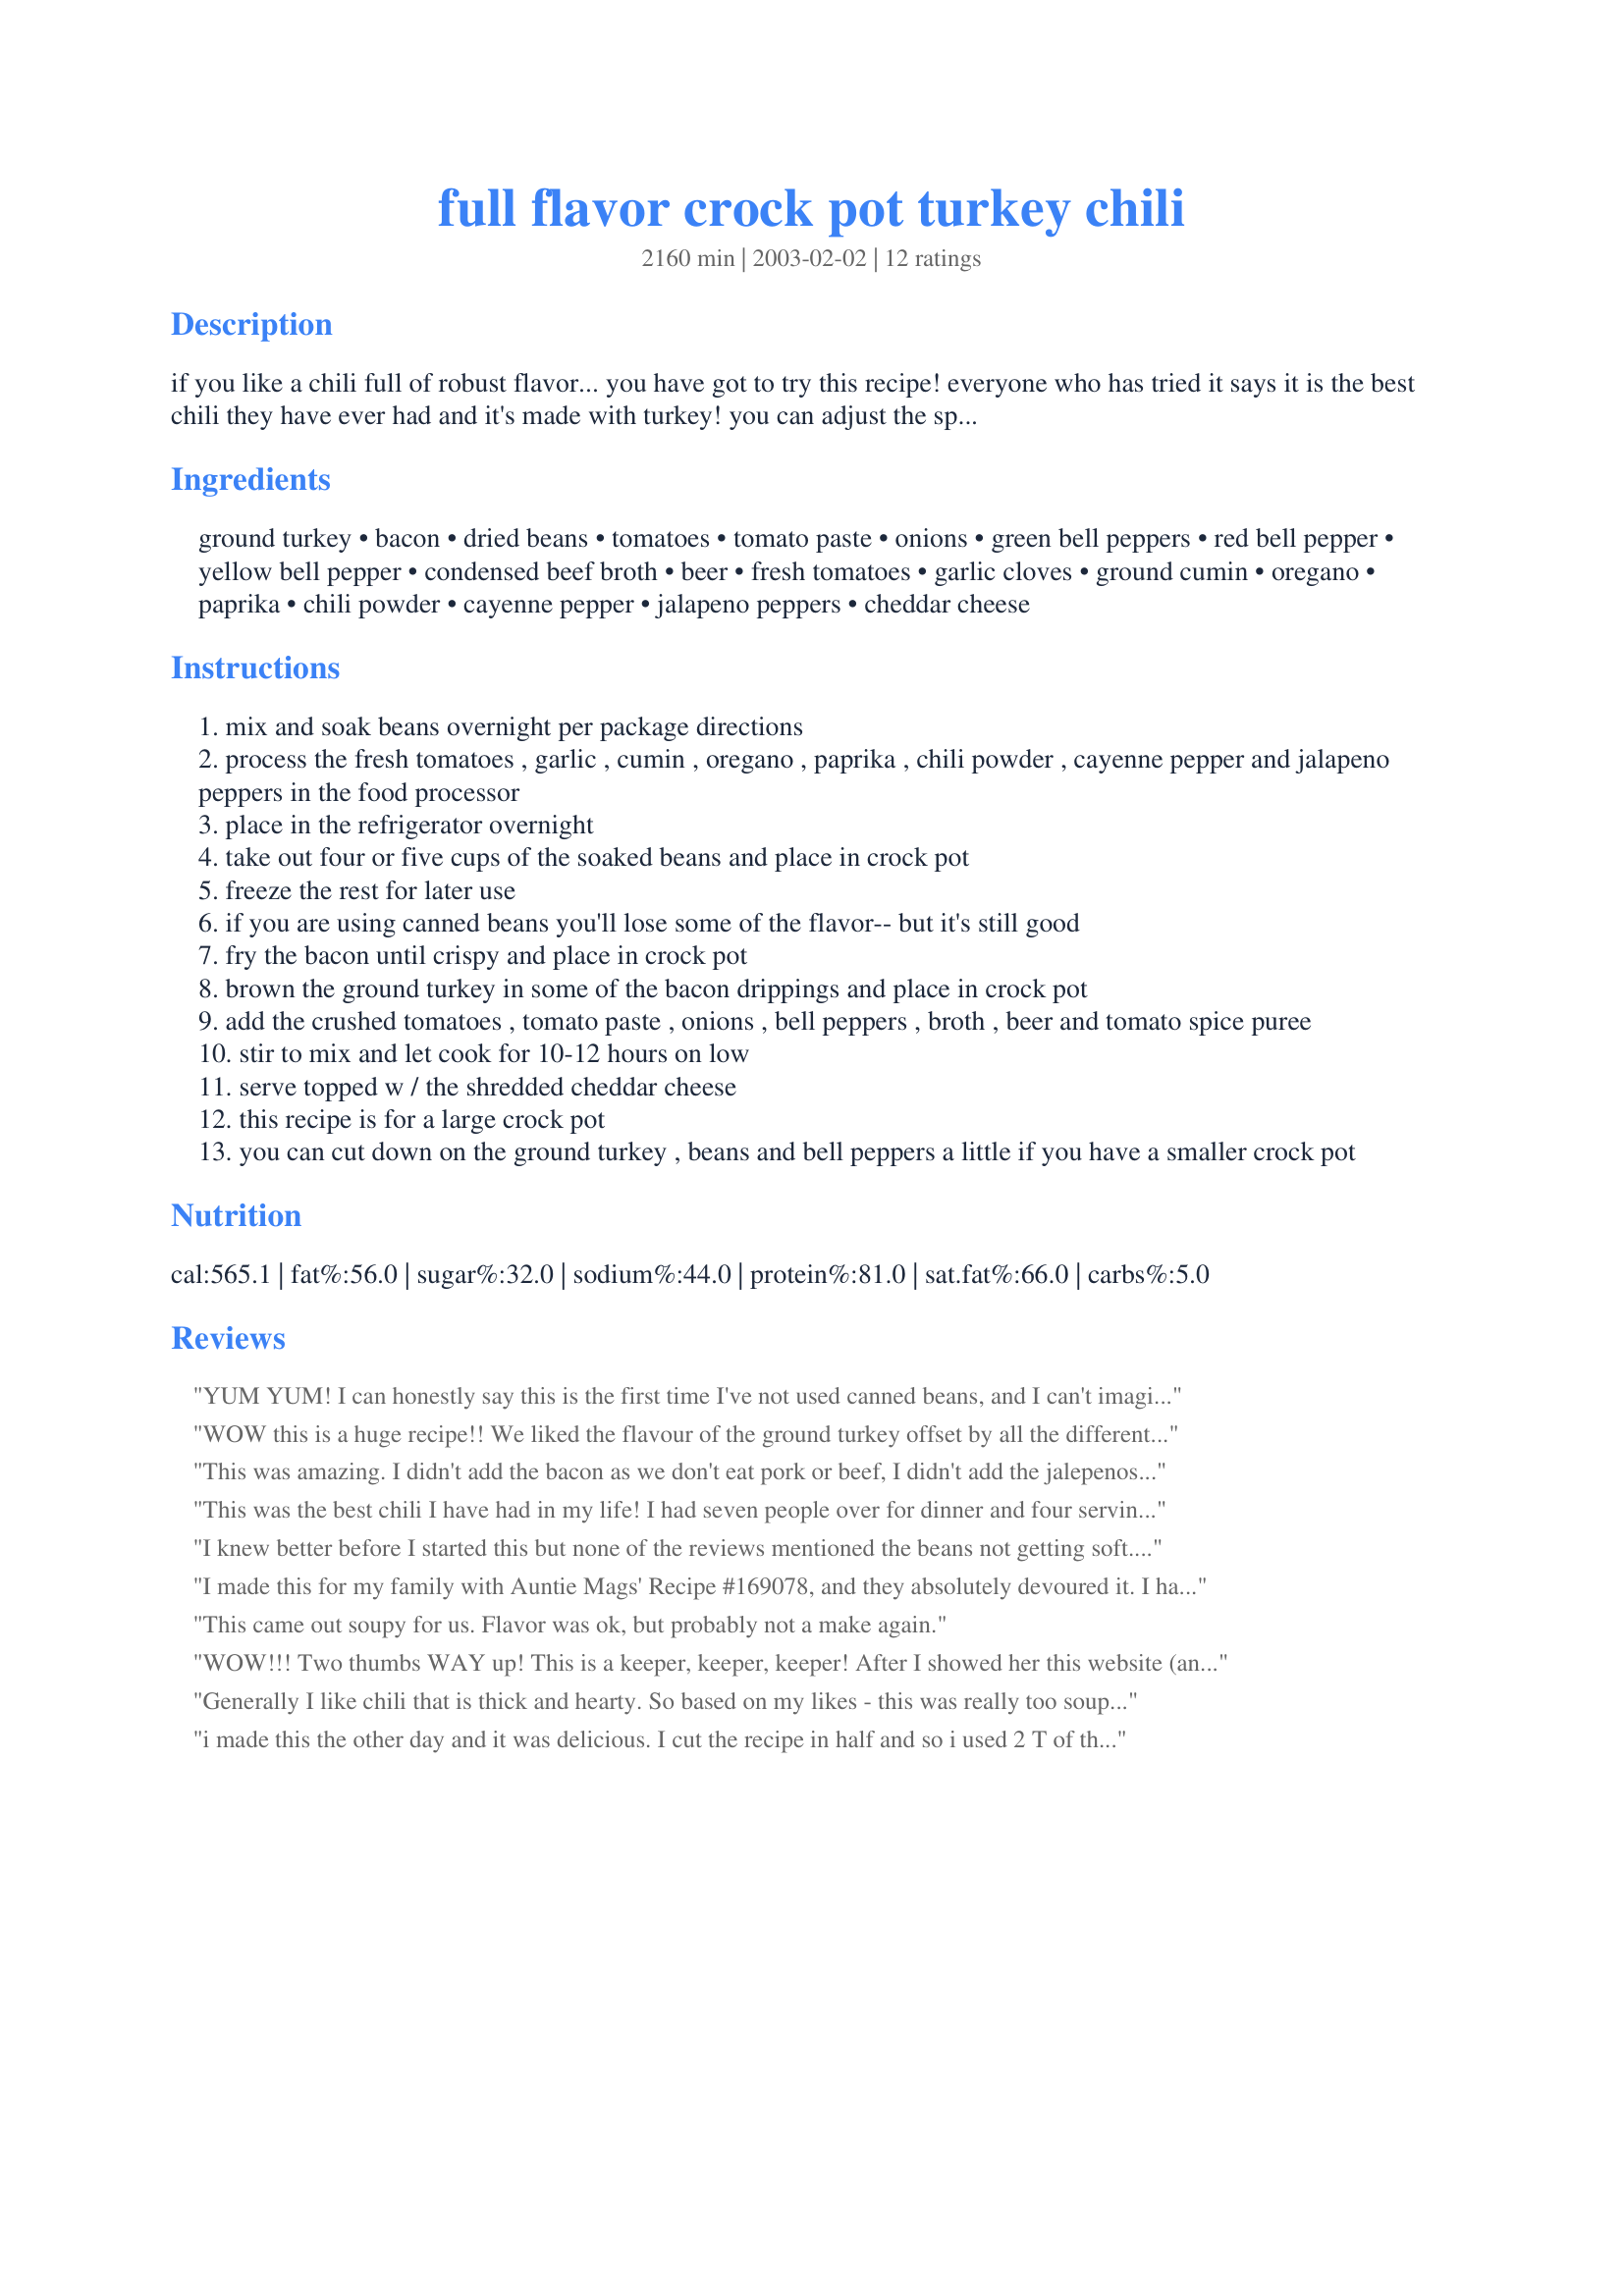
full flavor crock pot turkey chili
Preparation time: 2160 minutes

if you like a chili full of robust flavor... you have got to try this recipe! everyone who has tried it says it is the best chili they have ever had and it's made with turkey! you can adjust the spice from mild to hot-hot! if you don't want to use dried beans, please feel free to used canned.

Ingredients:
ground turkey, bacon, dried beans, tomatoes, tomato paste, onions, green bell peppers, red bell pepper, yellow bell pepper, condensed beef broth, beer, fresh tomatoes, garlic cloves, ground cumin, oregano, paprika, chili powder, cayenne pepper, jalapeno peppers, cheddar cheese

Steps:
mix and soak beans overnight per package directions
process the fresh tomatoes , garlic , cumin , oregano , paprika , chili powder , cayenne pepper and jalapeno peppers in the food processor
place in the refrigerator overnight
take out four or five cups of the soaked beans and place in crock pot
freeze the rest for later use
if you are using canned beans you'll lose some of the flavor-- but it's still good
fry the bacon until crispy and place in crock pot
brown the ground turkey in some of the bacon drippings and place in crock pot
add the crushed tomatoes , tomato paste , onions , bell peppers , broth , beer and tomato spice puree
stir to mix and let cook for 10-12 hours on low
serve topped w / the shredded cheddar cheese
this recipe is for a large crock pot
you can cut down on the ground turkey , beans and bell peppers a little if you have a smaller crock pot

Reviews:
YUM YUM! I can honestly say this is the first time I've not used canned beans, and I can't imagine going back now. I soaked a mix of black and pinto beans overnight. It didn't fit in my crock pot....I used my big soup pot and cooked for about 5 hours on a low simmer. I didn't use the bacon, and I didn't miss it either. I used all 4 Tbsp of the chili powder (and I used a mix of New Mexico and regular chili powder) with 1/2 Tbsp of cayenne and a fresh BIG whole jalapeno. My husband and I both loved the spice, but we like some kick in our food. We like our chili a little more 'soupy', so I added a whole dark beer and an extra 15 ounce can of crushed tomatoes with about a can of water. And I didn't feel like getting out the food processor, so I just popped the spice mix in the blender with a small bit of water to make a paste. Thanks for sharing a great base chili recipe....it's so easy to tweak and I love that!!!!!!!
WOW this is a huge recipe!! We liked the flavour of the ground turkey offset by all the different beans and peppers, sweet and otherwise. It all had a great "garden freshness" to it. (and the beer added greatly to it) This is the one we will be making for the next family gathering. Thanks for sharing, wonderful recipe!!
This was amazing. I didn't add the bacon as we don't eat pork or beef, I didn't add the jalepenos, hubby said it had enough KICK. We forgot the cheese which soaks up some of the spicieness on the first go around, but I remembered when I served it as left overs the next night and it was an even bigger hit! Everyone was sad to see the bottom of the serving bowl. I didn't have time to let anything sit and chill overnight so I just allowed for about an hour for the seasonings and the peppers and tomatoes to chill and it still worked out just fine. It was super easy for me to just crockpot it and go! I love meals like this. This is GREAT for a crisp fall evening. This is definately something I will do again and again. Thanks for the recipe!!
This was the best chili I have had in my life! I had seven people over for dinner and four servings leftover even after that. It was polished off by the following afternoon and everyone begged for the recipe! I omitted the bacon , jalapenos, and cheese and used cannellini beans and it was fantastic. You ought to win at a competition with this one! I'm going to permanently add this to my cookbook. Thank you!
I knew better before I started this but none of the reviews mentioned the beans not getting soft. Beans should alway be cooked without acid till done. The tomatoes are added too soon. My beans were still firm even after 12 hours
I made this for my family with Auntie Mags' Recipe #169078, and they absolutely devoured it. I had to roll them away from the table! :) I sort of doubled the recipe for my 6-qt CP and probably shouldn't have because I ended up having to spoon out about 2.5 cups of liquid after an hour of cooking to avoid overflow. (I added it right back after serving the first bowl of chili, though.) I used 2.5 lbs gr turkey, 1/2 lb turkey bacon, 4 oz salami, 4-15 oz cans beans (black, pinto, dark red kidney, northern), 3-14.5 oz cans diced tom. + 28 oz crushed tom., 12 oz tomato paste, 4 cups veg. broth, 2 fresh tom., 3 garlic cloves, 2.5T cumin, 2T oregano & paprika, 4T chili powder, 1T cayenne, & 1/4 cup jarred jalapeno peppers. I also added an 8 oz pkg of sliced fresh mushrooms, and everyone loved that. I'm thrilled to say there were two awesome SURPRISES. First, I cooked the tomato paste down in a skillet before adding it to the CP; and it kept my husband from getting heartburn (and he ALWAYS gets heartburn)! Second, instead of regular beer, I used a 12-oz bottle of Leinenkugel's Berry Weiss. The sweetness balanced the heat so well and kept the fam coming back for more and more and more... :D Thanks for posting such an awesome recipe, Pugs-N-Apps!
This came out soupy for us. Flavor was ok, but probably not a make again.
WOW!!! Two thumbs WAY up! This is a keeper, keeper, keeper!

After I showed her this website (and she went gaga), my sister picked out this recipe for her contribution to our (26 member) family reunion last week (Aug 06).
She doubled the recipe (we had enough for another 1/2 meal for the bunch), she used jarred jalapeno peppers (as we couldn't find fresh), she nearly doubled the tomatoes, and she omitted the beer :(

What a hit! Only one of the 26 did not like it. . . but he married into the family ;)
Generally I like chili that is thick and hearty. So based on my likes - this was really too soupy for my taste - and I didn't add the broth to the recipe. Also the turkey tasted really dry - though I bought a higher fat content grind - I wonder if it wouldn't be more tender to not brown it first and let it cook during the 10 hours on low. The flavor was nice and I love the spice paste that is made ahead of time. Still looking for the perfect recipe.
i made this the other day and it was delicious. I cut the recipe in half and so i used 2 T of the HOT spices. Yes it was very picante, but i like it that way . . . Definitely a keeper!!!
This was so great! The texture and flavor of the beans was awesome. This is going to be my go-to chili recipe from now on. DBF said it was better than mom's...and that's saying a lot!
I halved the recipe and it still made a HUGE large sized crockpot full of chili. It wasn't very hot, so I added more of the pepper seasoning for more heat.
